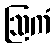
ဩကံ